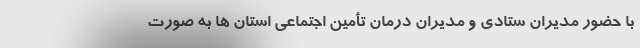
با حضور مدیران ستادی و مدیران درمان تأمین اجتماعی استان ها به صورت